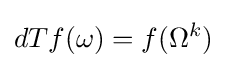
dTf(\omega )=f(\Omega ^{k})